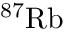
\mathrm { { ^ { 8 7 } R b } }